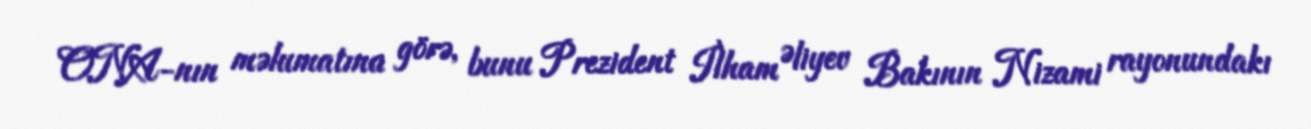
ONA-nın məlumatına görə, bunu Prezident İlham Əliyev Bakının Nizami rayonundakı